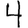
Digit: 4